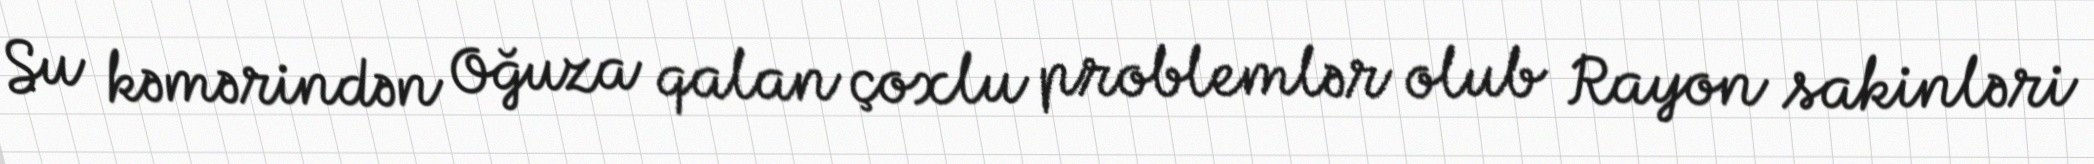
Su kəmərindən Oğuza qalan çoxlu problemlər olub Rayon sakinləri